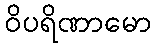
ဝိပရိဏာမော